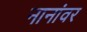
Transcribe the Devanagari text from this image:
नानांवर